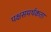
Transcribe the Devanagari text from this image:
पक्षसमर्थकता